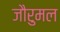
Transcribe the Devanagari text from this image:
जौरुमल